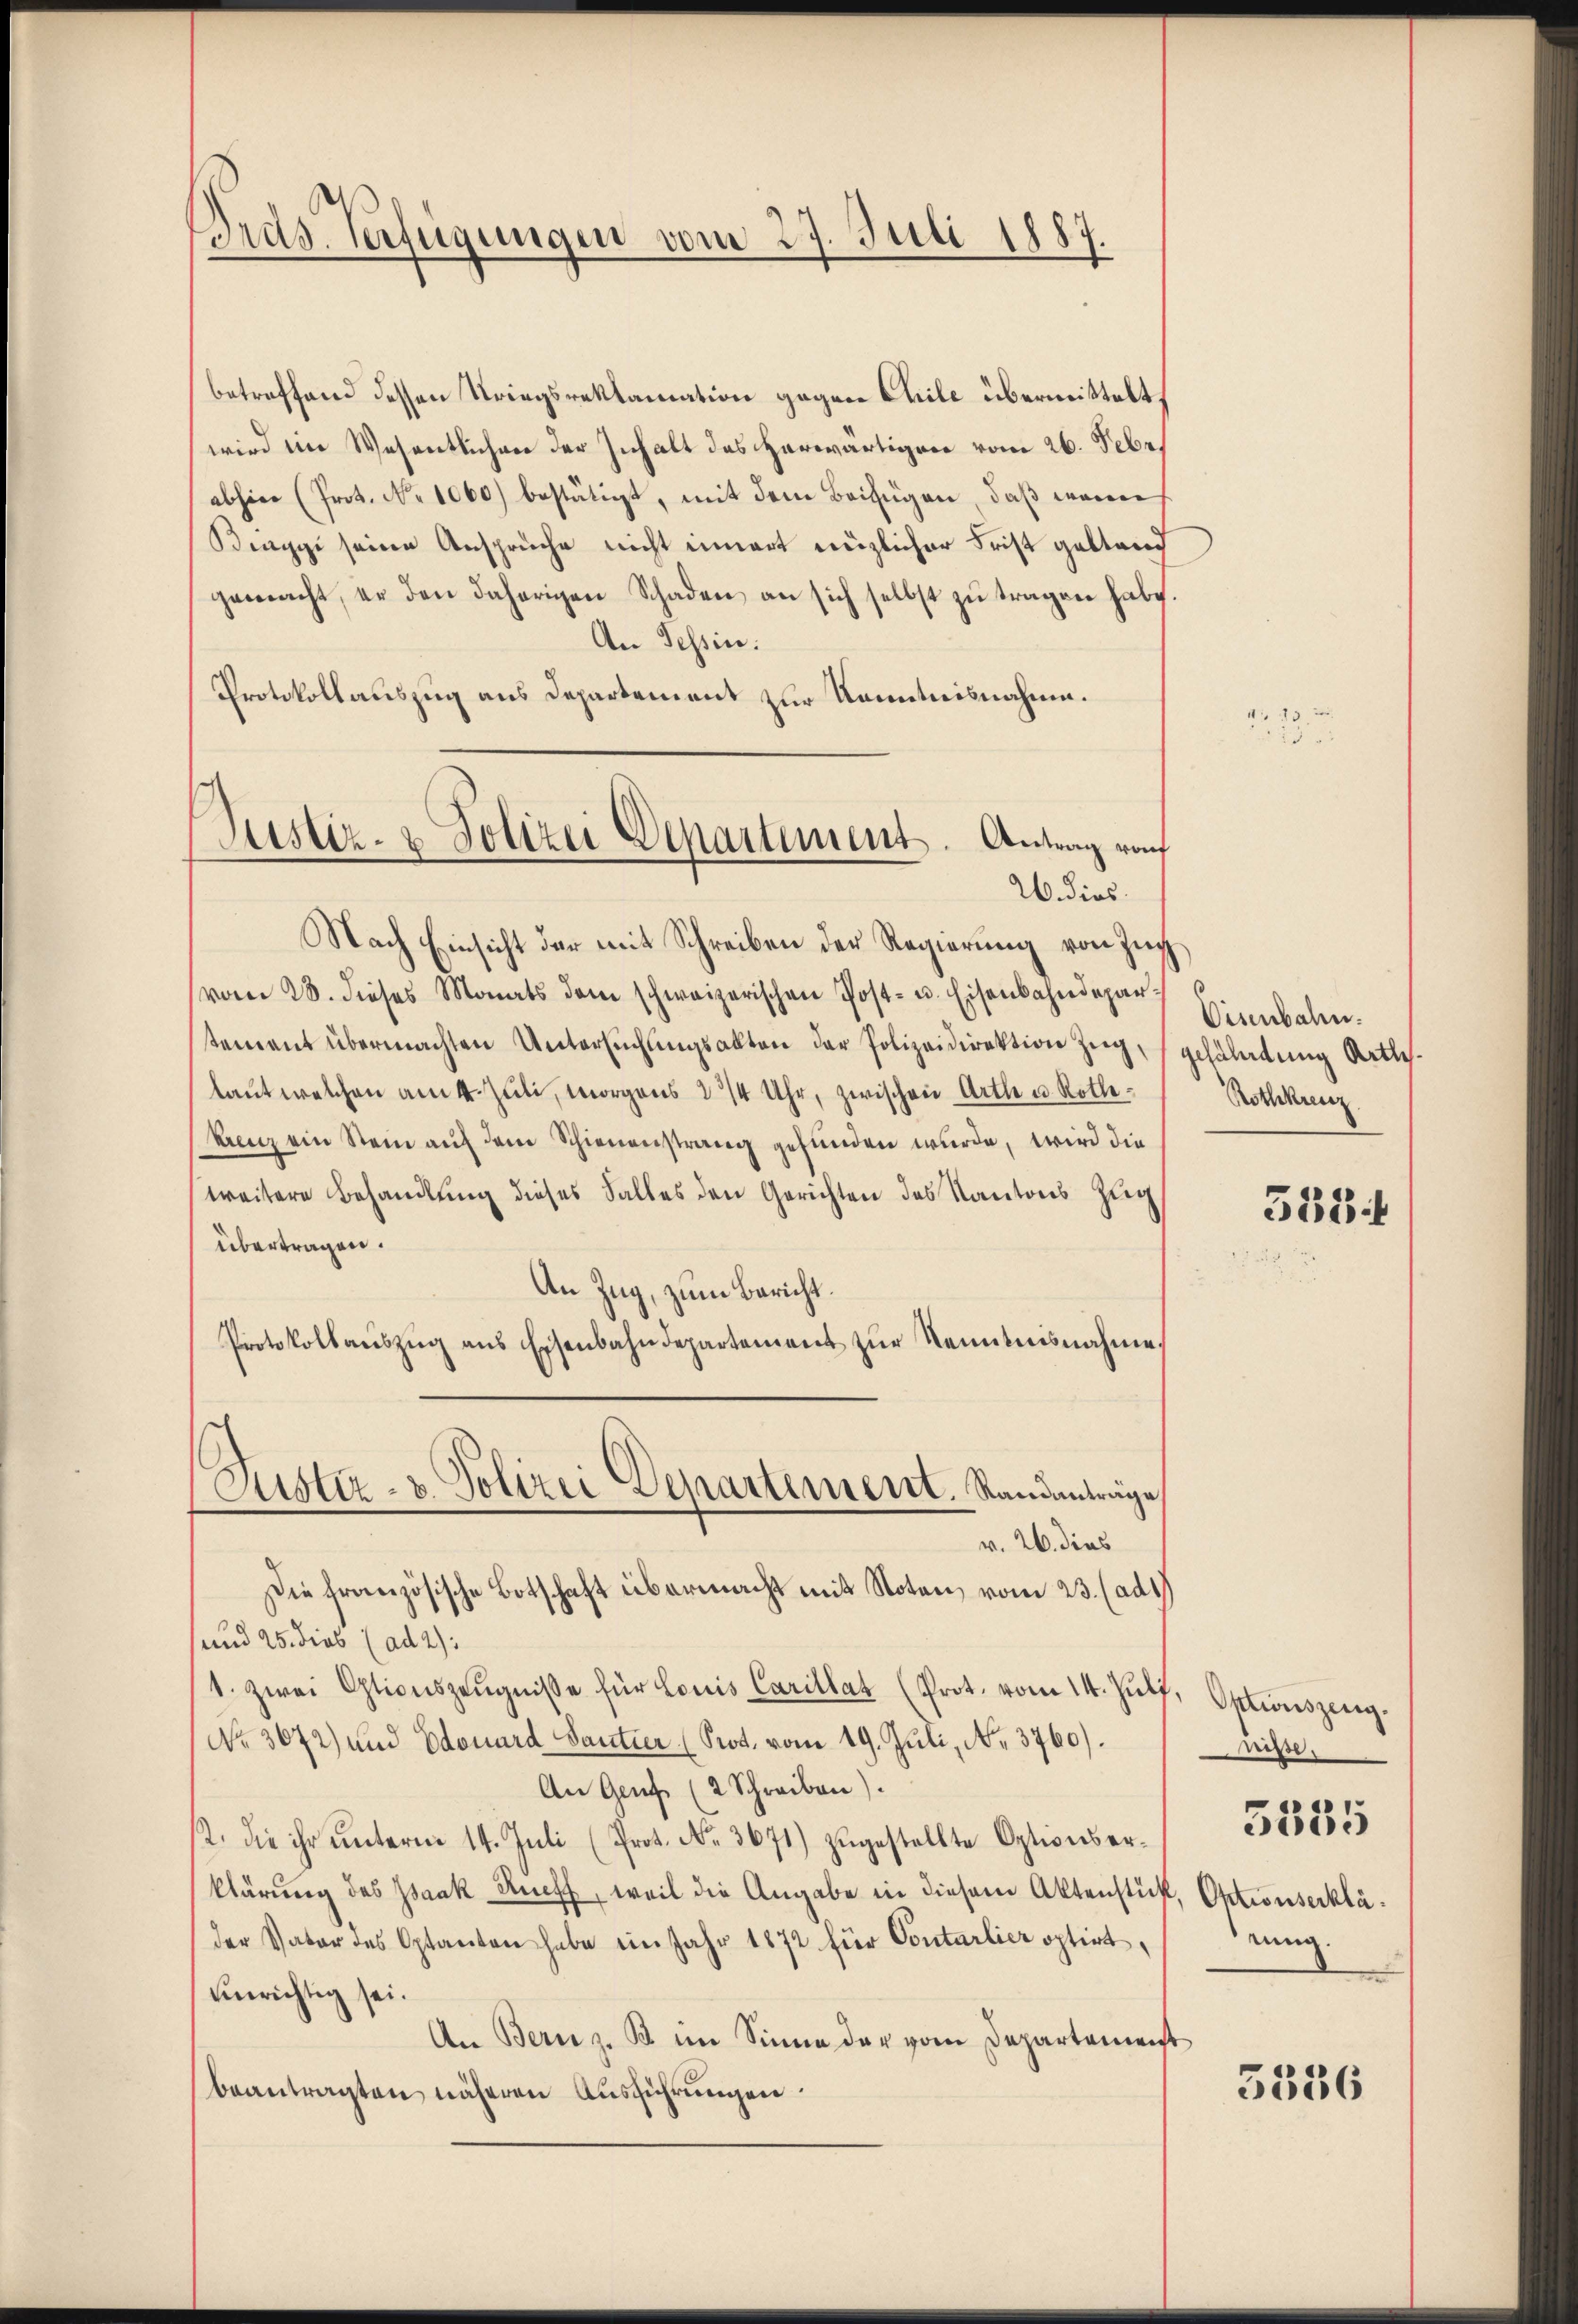
Gras Verfügungen vom 27. Juli 1887.

betreffend dessen Kriegsreklamation gegen Chile übermittelt,
wird im Wesentlichen der Inhalt des herwärtigen vom 26. Febe
abhin (Prot. No 1060) bestätigt, mit dem Beifügen, daß waren
Beuggi seine Ansprüche nicht innert enzlicher Frist galtend
gemacht, er den daherigen Schaden an sich selbst zu tragen habe.
An Tessin.
Protokollauszug aus Departement zur Kenntnisnahme.
Nach Einsicht der mit Schreiben der Regierung von Zuch
vom 28. dieses Monats dem schweizerischen Post- u. Eisenbahndepartement übermachten Untersuchungsakten der Polizeidirektion Zug,
laut welchen am 4. Juli, morgens 3 3/4 Uhr, zwischen Arthe u. Rothe¬
Kunz ein Stein auf dem Schienenstrang gefunden wurde, wird die
weitere Behandlung dieses Falles den Gerichten des Kantons Zug
übertragen.
An Zug, zum Bericht.
Protokollaŭszŭg ans Eisenbahndepartement zŭr Kenntnisnahme
Justiz- u. Polizei Departement. Randanträge
v. 26. dies
Die französische Botschaft übermacht mit Noten, vom 23. (ad1)
und 25. Dieb (ad 2):
1. zwei Otionszeŭgnisse für Louis Carillat (Prot. vom 14. Jŭlf, Optionszeneg
No 3672) und Edouard Santier (Prod. vom 19. Juli, No. 3760).
An Genf (2 Schreiben).
st. Die ihr unterm 14. Juli (Prot. No. 3671) zugestellte Optionserklärung des Isaak Rueff, weil die Angabe in diesem Aktenstühl, Optionserkläder Vater des Optanten habe im Jahr 1872 für Contarlier optirt,
einrichtig sei.
An Bern z. B. im Sinne der vom Departement
beantragten näheren Ausführungen.

Justiz- & Polizei Departement. Antrag von
2. dies

4

Visenbahn.
gefährdung Arthei¬
Rothkreuz

358

Risse.

5385

rung

t

5536